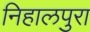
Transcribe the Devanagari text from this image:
निहालपुरा